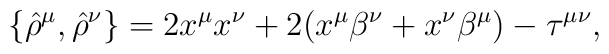
\{{\hat\rho}^\mu,{\hat\rho}^\nu\}=2x^\mu x^\nu+2(x^\mu\beta^\nu+x^\nu\beta^\mu)-\tau^{\mu\nu},